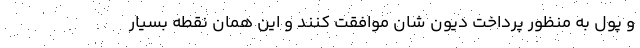
و پول به منظور پرداخت دیون شان موافقت کنند و این همان نقطه بسیار